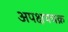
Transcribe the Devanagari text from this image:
अपक्षयचक्र